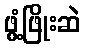
ဖွံ့ဖြိုးဆဲ